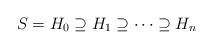
LaTeX: \begin{align*}S=H_0\supseteq H_1 \supseteq \dots \supseteq H_n\end{align*}